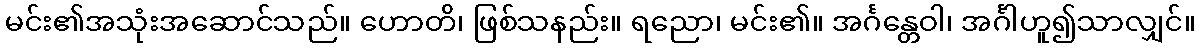
မင်း၏အသုံးအဆောင်သည်။ ဟောတိ၊ ဖြစ်သနည်း။ ရညော၊ မင်း၏။ အင်္ဂန္တေဝါ၊ အင်္ဂါဟူ၍သာလျှင်။